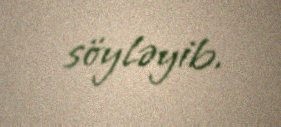
söyləyib.